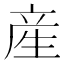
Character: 産